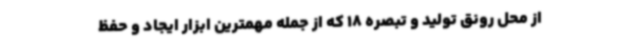
از محل رونق تولید و تبصره 18 که از جمله مهمترین ابزار ایجاد و حفظ